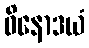
ဝိနောဒယံ